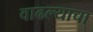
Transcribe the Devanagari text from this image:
वाढल्याचा